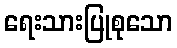
ရေးသားပြုစုသော